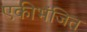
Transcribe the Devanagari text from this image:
एकीभंजित